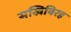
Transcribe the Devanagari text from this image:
सखिविरह